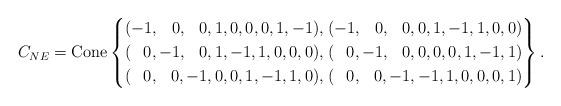
LaTeX: \begin{align*}C_{NE}=\mathrm{Cone}\left\{ \begin{aligned}(-1,\;\;\,0,\;\;\,0,1,0,0,0,1,-1),\\(\;\;\,0,-1,\,\;\;0,1,-1,1,0,0,0),\\(\;\;\,0,\;\;\,0,-1,0,0,1,-1,1,0),\end{aligned}\;\begin{aligned}(-1,\;\;\,0,\;\;\,0,0,1,-1,1,0,0)\\(\;\;\,0,-1,\,\;\;0,0,0,0,1,-1,1)\\(\;\;\,0,\;\;\,0,-1,-1,1,0,0,0,1)\end{aligned}\right\} .\end{align*}